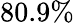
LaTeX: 80.9\%